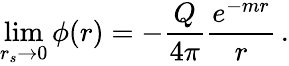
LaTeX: \operatorname*{lim}_{r_{s}\to 0}\phi(r)=-\frac Q{4\pi}\frac{e^{-mr}}r\, .